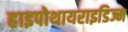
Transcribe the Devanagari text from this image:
हाइपोथायराइडिज्म